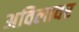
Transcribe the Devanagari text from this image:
अविलावर